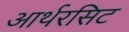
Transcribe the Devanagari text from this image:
आर्थरसिट